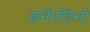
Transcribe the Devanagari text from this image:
बर्नेरडिनो